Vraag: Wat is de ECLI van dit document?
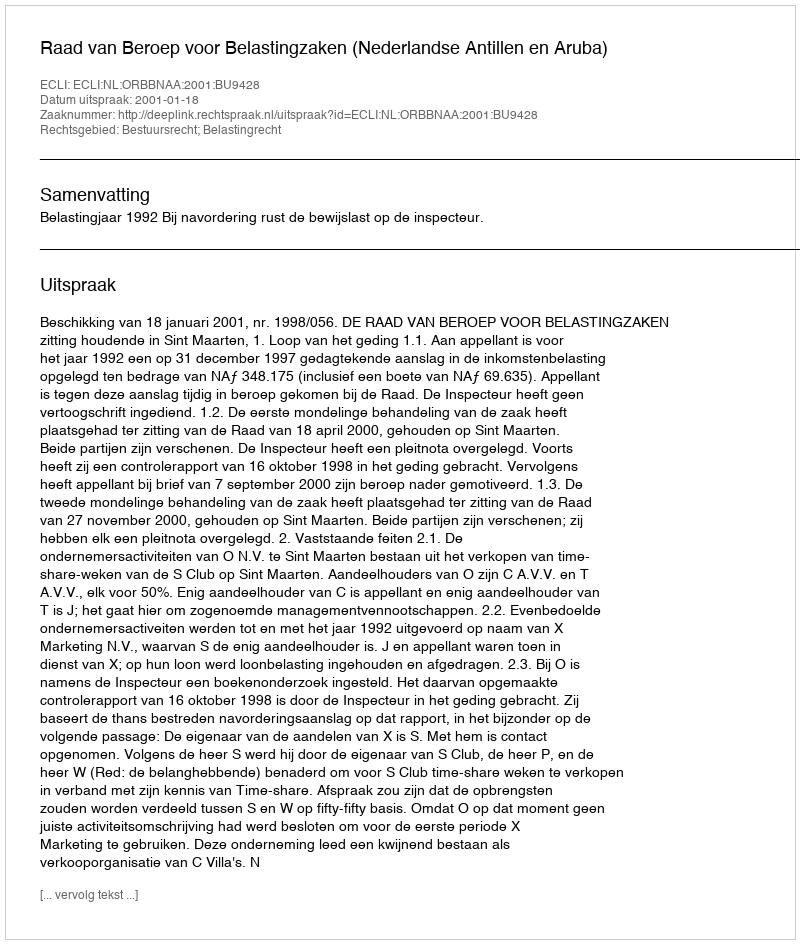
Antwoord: ECLI:NL:ORBBNAA:2001:BU9428